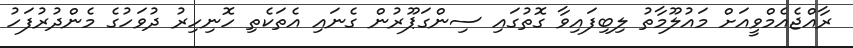
ރާއްޖެއެމްވީއަށް މައުލޫމާތު ލިބިފައިވާ ގޮތުގައި ސިންގަޕޫރުން ގެނައި އެތަކެތި ހޮނިހިރު ދުވަހުގެ މެންދުރުފަހު